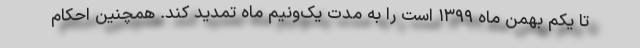
تا یکم بهمن ماه ۱۳۹۹ است را به مدت یک‌ونیم ماه تمدید کند. همچنین احکام